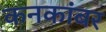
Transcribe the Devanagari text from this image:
कनकांबर